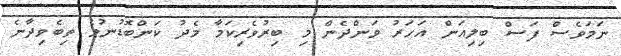
ނަމަވެސް ފަސް ބިލިއަން އަހަރު ވަންދެން މި ބިރުވެރިކަމާ މެދު ކަންބޮޑުނުވެ ތިބެވިދާނެ